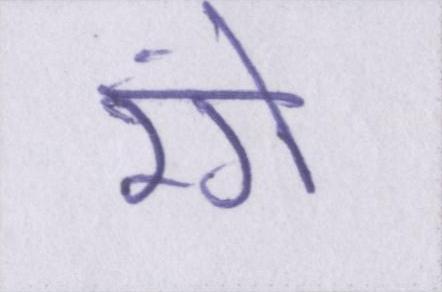
रंगे